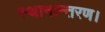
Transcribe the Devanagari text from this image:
स्थानान्तरण।